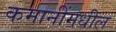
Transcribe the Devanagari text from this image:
कमानींमधील